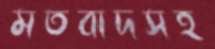
মতবাদসহ